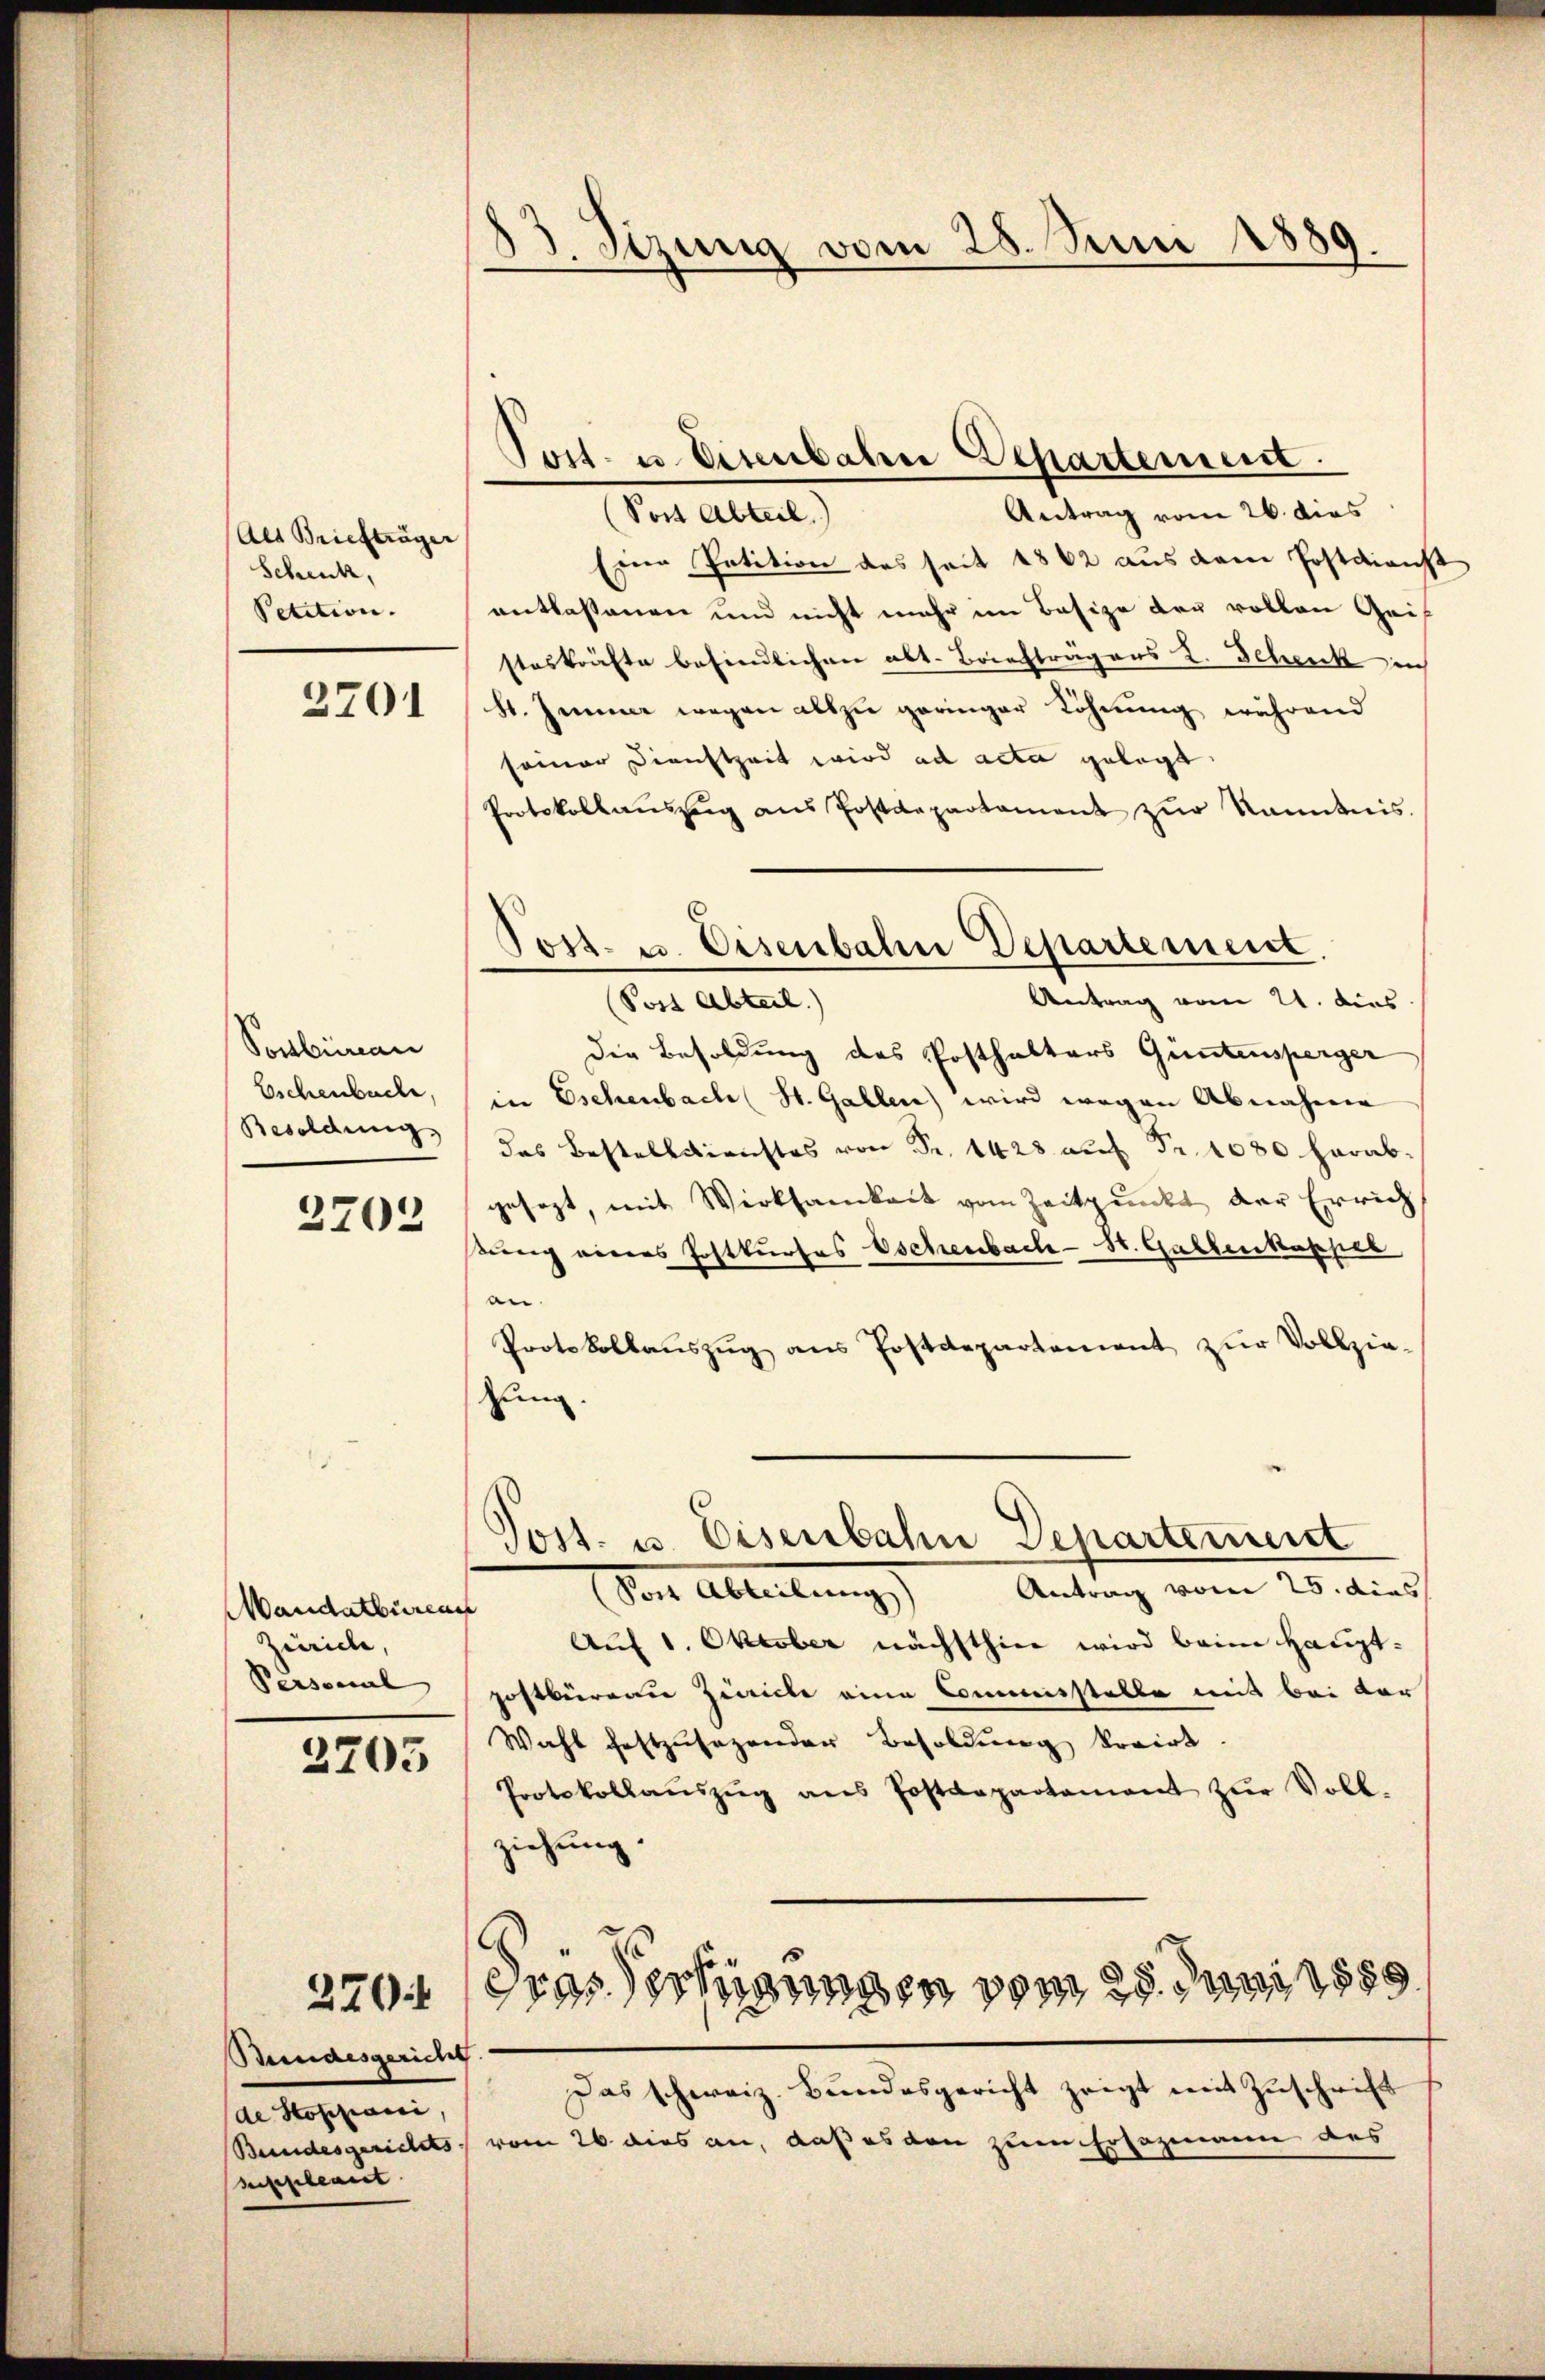
(Als Briefträger
Schenk,
Petition. |

2701

Ponbureau
Eschenbache,
Besoldung,

2703

Mandatbürea
Zürich,
Personal

2705

Bundesgericht.
de Stoppani,
Bundesgerichts-
suppleant

83. Sizung vom 28. Juni 1889.

Antrag vom 26. dies
Post Abteil
Eine Petition des seit 1862 aus dem Postdienst
entlassenen und nicht mehr im Besize der vollen Geis
steskräfte befindlichen abt. Briefträgers L. Scheick in
H. Zimmer wegen allzu geringer Löhnung während
seiner Dienstzeit wird ad acta gelegt.
Protokollauszug aus Postdepartament zur Nanntnis.
Antrag vom 21. dies
(Post Abteil)
dDie Besoldung des Posthalters Güntensperger
in Eschenbach St. Gallen wird wegen Abnahme
das Bestelldienstes P. 128 auf Fr. 1080 herabgesezt, mit Wirksamkeit vom Zeitpunkt der Errich
ßung eines Postkurses Eschenbach-St. Gallenkapper
an.
Protokollauszug aus Postdepartement zur Vollzie-
zung.
Post. u. Eisenbahn Departement
Antrag vom 25. dies
Den Abteilung
Auf 1. Oktober nächsthier wird beim Hauptpostbürene Zeiche eine Commisstelle mit bei der
Wahl festzusezender Besoldung korirt.
Protokollaŭszŭg ans Postdepartament zŭr Voll-
ziehung.
.
2704 Grösserungen vom 28. Juni 1889.
Das schweiz. Bundesgericht zeigt mit Zuschrift
vom 26. dies an, daß es den zum Ersazmanne des

Post- u. Eisenbahne Departement.

¬
Tost- u. Eisenbahn Departement.